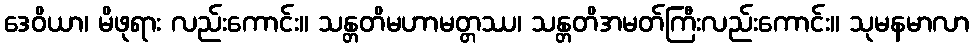
ဒေဝိယာ၊ မိဖုရား လည်းကောင်း။ သန္တတိမဟာမတ္တဿ၊ သန္တတိအမတ်ကြီးလည်းကောင်း။ သုမနမာလာ